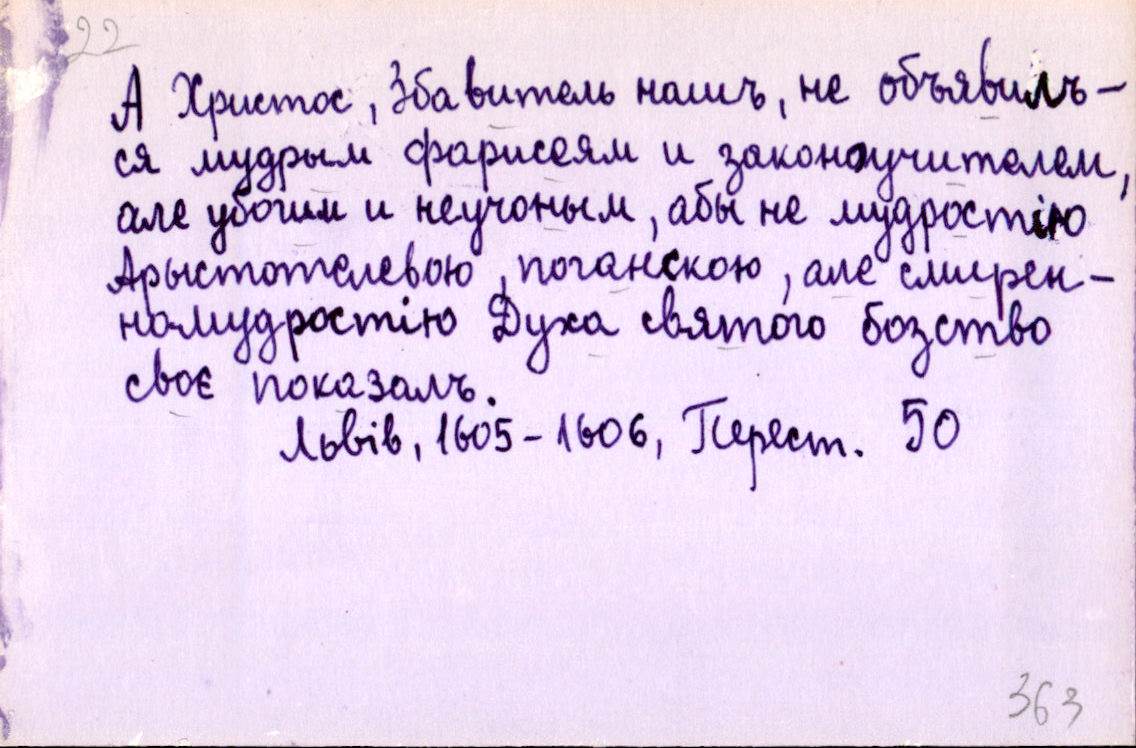
А Христосъ, Збавитель нашъ, не объявилъ-
ся мудрым фарисеям и законоучителем,
але убогим и неучоным, абы не мудростію
Арыстотелевою, поганскою, але смирен-
номудростію Духа святого бозство
своє показалъ.
Львів, 1605-1606, Перест. 50